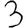
Digit: 3